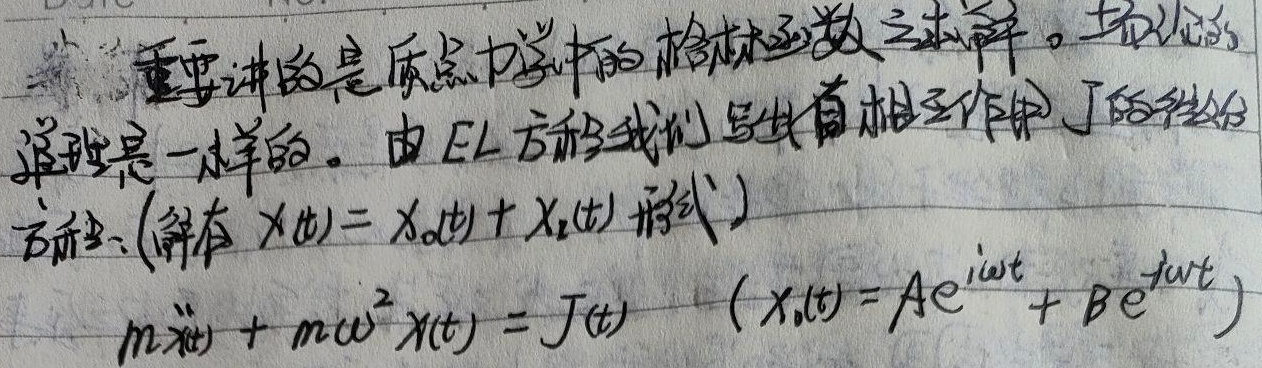
重要讲的是质点力学中的格林函数之求解。场论的道理是一样的。由 EL 方程我们写出有相互作用 \(J\) 的线性分方程：（解有 \(x(t)=x_0(t)+x_1(t)\) 形式）

\[m\ddot{x}(t)+m\omega^{2}x(t)=J(t)\quad(x_0(t)=Ae^{i\omega t}+Be^{-i\omega t})\]